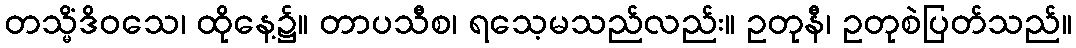
တသ္မိံဒိဝသေ၊ ထိုနေ့၌။ တာပသီစ၊ ရသေ့မသည်လည်း။ ဥတုနီ၊ ဥတုစဲပြတ်သည်။